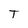
Character: T